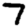
Digit: 7